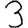
Digit: 3